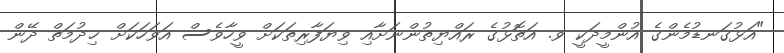
"އަޅުގަނޑުމެންގެ އުންމީދަކީ ވ. އަތޮޅުގެ ރައްޔިތުންނަށާއި ވިޔަފާރިތަކަށް ވީހާވެސް އަވަހަކަށް ޚިދުމަތް ދޭން